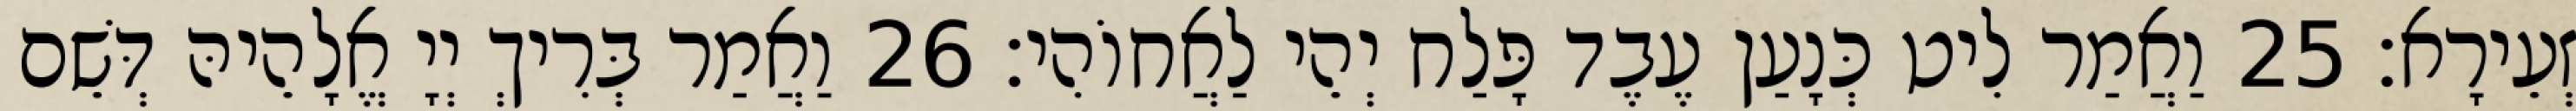
זְעֵירָא׃ 25 וַאֲמַר לִיט כְּנָעַן עֶבֶד פָּלַח יְהֵי לַאֲחוֹהִי׃ 26 וַאֲמַר בְּרִיךְ יְיָ אֱלָהֵיהּ דְּשֵׁם